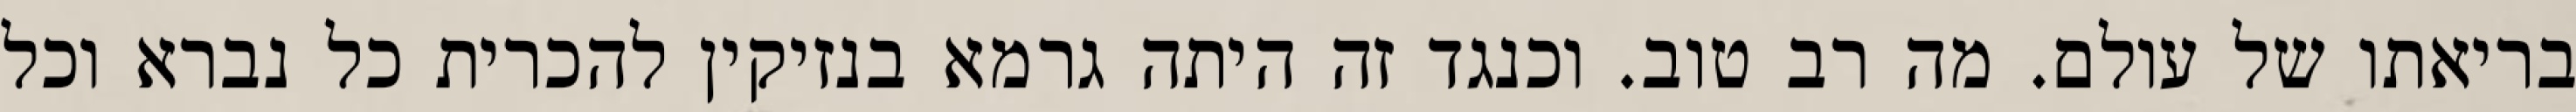
בריאתו של עולם. מה רב טוב. וכנגד זה היתה גרמא בנזיקין להכרית כל נברא וכל